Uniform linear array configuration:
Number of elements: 24
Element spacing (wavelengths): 0.25
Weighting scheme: hann
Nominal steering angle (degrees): -30
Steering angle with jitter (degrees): -30.364
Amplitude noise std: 0.05
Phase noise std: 0.05

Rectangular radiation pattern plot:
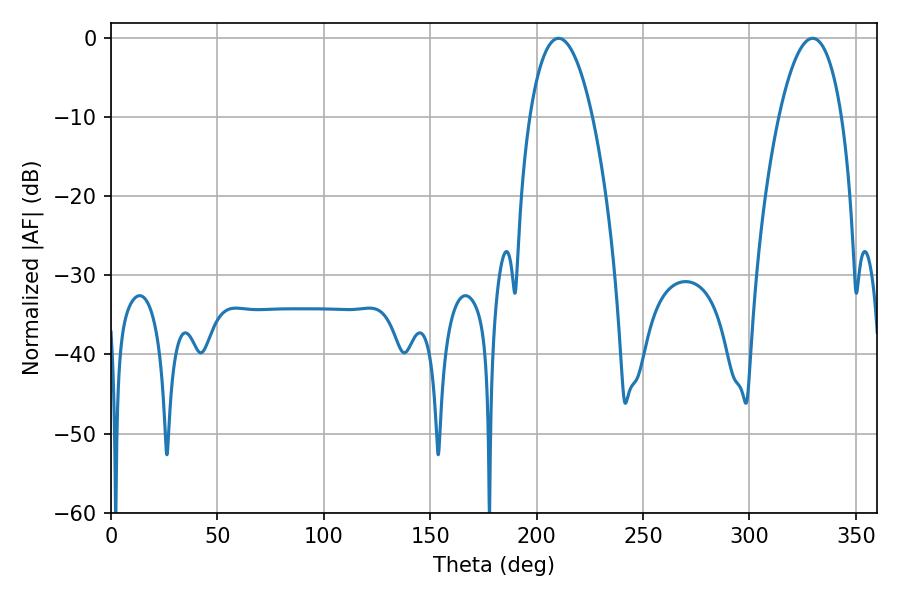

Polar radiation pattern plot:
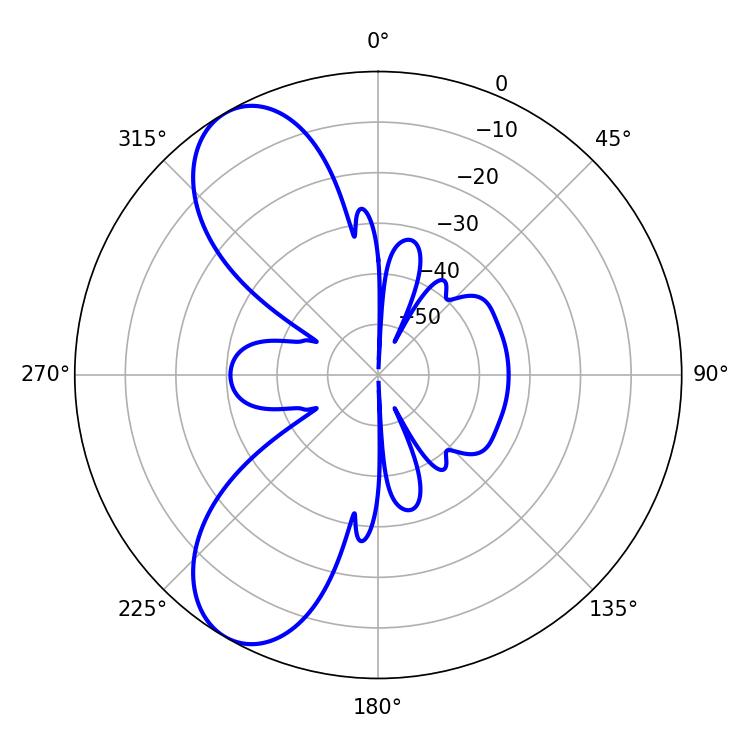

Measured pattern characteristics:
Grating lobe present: FALSE
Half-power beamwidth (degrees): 16.38
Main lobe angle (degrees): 210.24